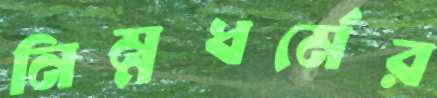
নিম্নধর্মের